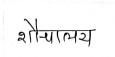
मजकूर: शौचालय